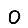
Digit: 0